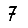
Digit: 7